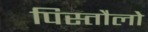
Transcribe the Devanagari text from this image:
पिस्तौलो